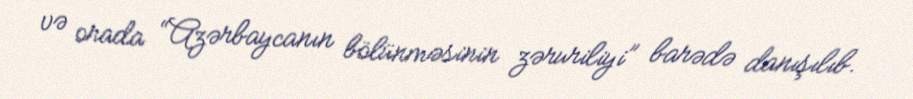
və orada “Azərbaycanın bölünməsinin zəruriliyi” barədə danışılıb.